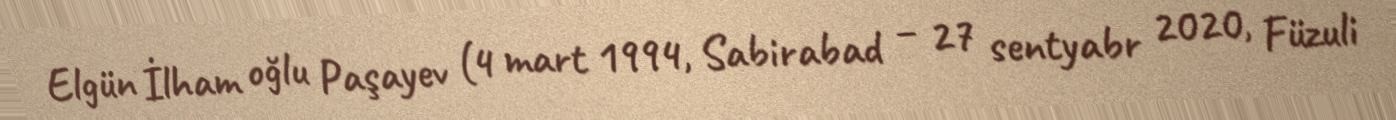
Elgün İlham oğlu Paşayev (4 mart 1994, Sabirabad – 27 sentyabr 2020, Füzuli